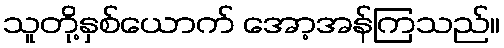
သူတို့နှစ်ယောက် အော့အန်ကြသည်။